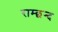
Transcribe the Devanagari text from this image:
राम्छन्द